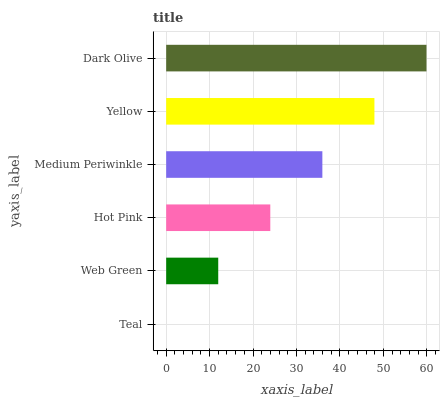
| yaxis_label | bars |
 | --- | --- |
 | Teal | 0 |
 | Web Green | 12 |
 | Hot Pink | 24 |
 | Medium Periwinkle | 36 |
 | Yellow | 47.9 |
 | Dark Olive | 59.9 |